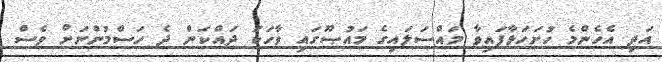
އަދި އެހެންމެ ހުށަހަޅާފައިވާ މައްސަލައިގެ މައުޞޫގައި ވާހަކަ ދައްކަން ދެ ހަސްމުންނަށް ވެސް